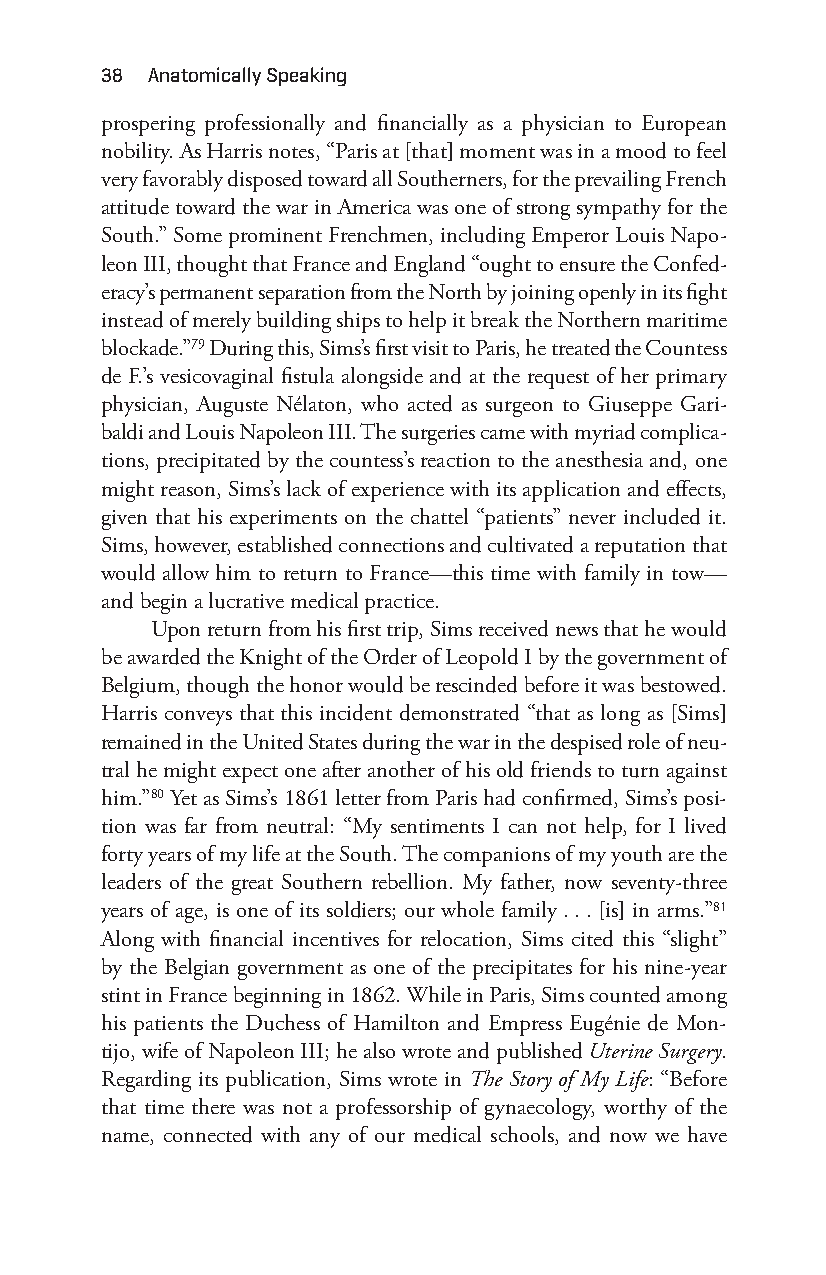
38 anatomically Speaking
 prospering professionally and financially as a physician to European
 nobility. As Harris notes, “Paris at [that] moment was in a mood to feel
 very favorably disposed toward all Southerners, for the prevailing French
 attitude toward the war in America was one of strong sympathy for the
 South.” Some prominent Frenchmen, including Emperor Louis Napo-
 leon III, thought that France and England “ought to ensure the Confed-
 eracy’s permanent separation from the North by joining openly in its fight
 instead of merely building ships to help it break the Northern maritime
 blockade.”79 During this, Sims’s first visit to Paris, he treated the Countess
 de F.’s vesicovaginal fistula alongside and at the request of her primary
 physician, Auguste Nélaton, who acted as surgeon to Giuseppe Gari-
 baldi and Louis Napoleon III. The surgeries came with myriad complica-
 tions, precipitated by the countess’s reaction to the anesthesia and, one
 might reason, Sims’s lack of experience with its application and effects,
 given that his experiments on the chattel “patients” never included it.
 Sims, however, established connections and cultivated a reputation that
 would allow him to return to France— this time with family in tow—
 and begin a lucrative medical practice.
 Upon return from his first trip, Sims received news that he would
 be awarded the Knight of the Order of Leopold I by the government of
 Belgium, though the honor would be rescinded before it was bestowed.
 Harris conveys that this incident demonstrated “that as long as [Sims]
 remained in the United States during the war in the despised role of neu-
 tral he might expect one after another of his old friends to turn against
 him.”80 Yet as Sims’s 1861 letter from Paris had confirmed, Sims’s posi-
 tion was far from neutral: “My sentiments I can not help, for I lived
 forty years of my life at the South. The companions of my youth are the
 leaders of the great Southern rebellion. My father, now seventy- three
 years of age, is one of its soldiers; our whole family . . . [is] in arms.”81
 Along with financial incentives for relocation, Sims cited this “slight”
 by the Belgian government as one of the precipitates for his nine- year
 stint in France beginning in 1862. While in Paris, Sims counted among
 his patients the Duchess of Hamilton and Empress Eugénie de Mon-
 tijo, wife of Napoleon III; he also wrote and published Uterine Surgery.
 Regarding its publication, Sims wrote in The Story of My Life: “Before
 that time there was not a professorship of gynaecology, worthy of the
 name, connected with any of our medical schools, and now we have
 Snorton.indd 38                             29/09/2017 8:40:58 AM